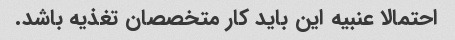
احتمالا عنبیه این باید کار متخصصان تغذیه باشد.